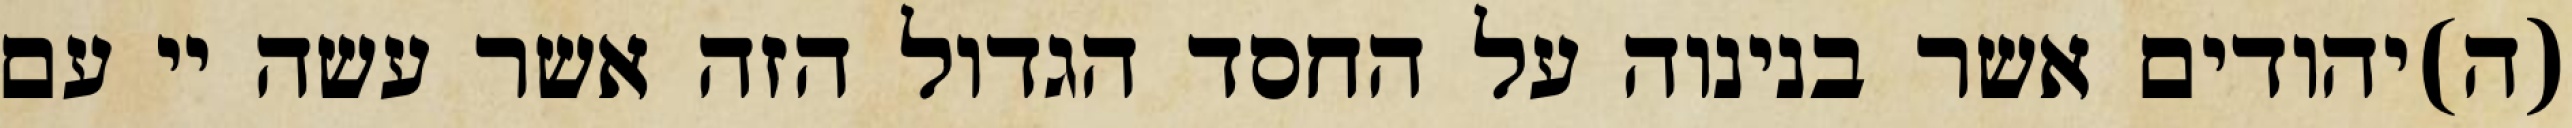
(ה)יהודים אשר בנינוה על החסד הגדול הזה אשר עשה יי עם